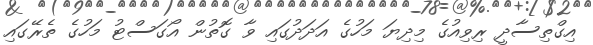
އިގްތިސާދީ ރިވިއުގެ މިދިޔަ މަހުގެ އަދަދުގައި ވާ ގޮތުން އޯގަސްޓު މަހުގެ ތެރޭގައި